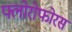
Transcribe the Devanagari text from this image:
फ्लोरोफोरस